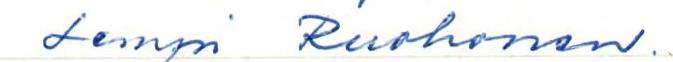
Lempi Ruohonen.